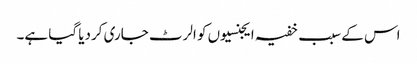
اس کے سبب خفیہ ایجنسیوں کو الرٹ جاری کردیا گیا ہے۔